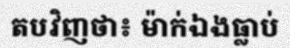
តបវិញថា៖ ម៉ាក់ឯងធ្លាប់